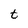
Character: t